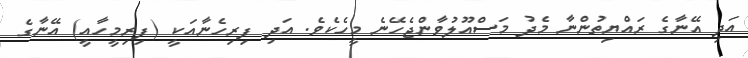
އަދި އޭނާގެ ރައްޔިތުންނާ މެދު މަސްއޫލުވާންޖެހޭނެ މީހެކެވެ. އަދި ފިރިހެނާއަކީ (ފިރިމީހާއީ) އޭނާގެ